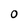
Character: 0